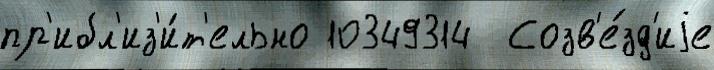
пр'ибл'из'и́т'ельно 10349314  Созв'е́зд'иjе